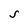
Character: S